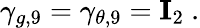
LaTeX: \gamma_{g,9}=\gamma_{\theta,9}={\mathbf I}_{2}~.